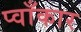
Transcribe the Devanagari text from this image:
प्वाँकार